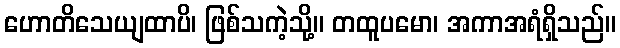
ဟောတိသေယျထာပိ၊ ဖြစ်သကဲ့သို့။ တထူပမော၊ အကာအရံရှိသည်။